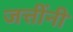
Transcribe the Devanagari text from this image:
जत्तींनी